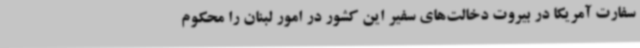
سفارت آمریکا در بیروت دخالت‌های سفیر این کشور در امور لبنان را محکوم